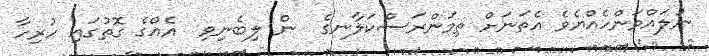
ނުލައްވަންހެއްޔެވެ އެތަނަށް ތިމަންރަސްކަލާނގެ  ން ލިބެނިވި  އެއްގެ ގޮތުގައި ހުރިހާ